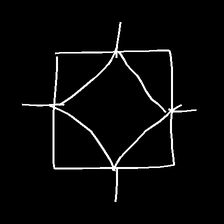
Glyph: light